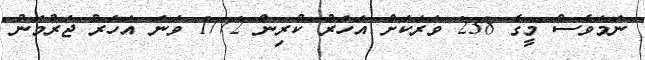
ނަމަވެސް މީގެ 238 ވަރަކަށް އަހަރު ކުރިން 1772 ވަނަ އަހަރު ޖަރުމަނު